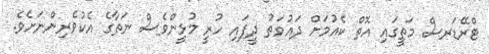
ޓްރޭޑަރސް މަތީގައި އޮތް ކެއުމަށް ދައުވަތު ދީފައި ހުރީ މުޅީންވެސް ނަތާގެ އެކުވެރިންނަށެވެ.